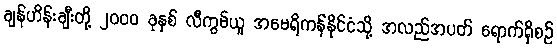
ချန်ဟိန်းချီးတို့ ၂၀၀၀ ခုနှစ် လီကွမ်ယူ အမေရိကန်နိုင်ငံသို့ အလည်အပတ် ရောက်ရှိစဉ်